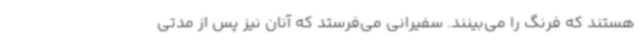
هستند که فرنگ را می‌بینند. سفیرانی می‌فرستد که آنان نیز پس از مدتی